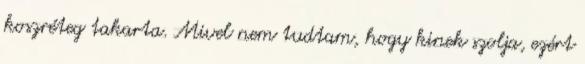
koszréteg takarta. Mivel nem tudtam, hogy kinek szolja, ezért